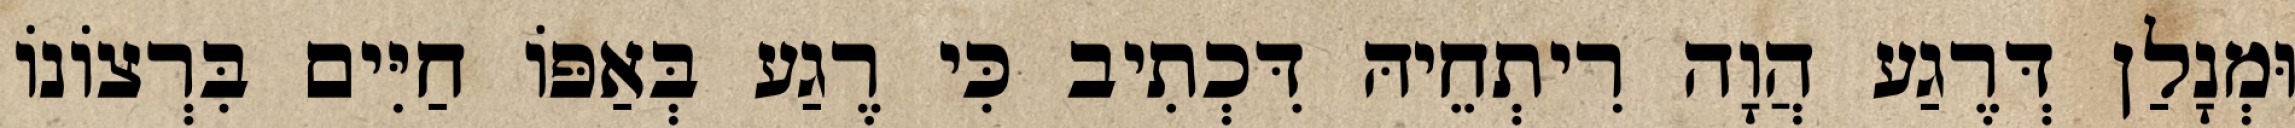
וּמְנָלַן דְּרֶגַע הֲוָה רִיתְחֵיהּ דִּכְתִיב כִּי רֶגַע בְּאַפּוֹ חַיִּים בִּרְצוֹנוֹ